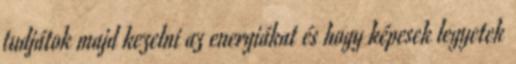
tudjátok majd kezelni az energiákat és hogy képesek legyetek